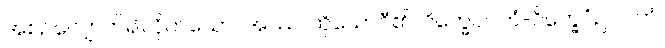
အစဉ်လျှောက်၍လိုက်သော။ အဿ၊ ထိုယောဂီ၏။ ဝိက္ခေပဂတံ-ဝိက္ခေပံဥပဂတံ၊